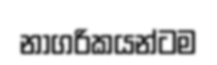
නාගරිකයන්ටම